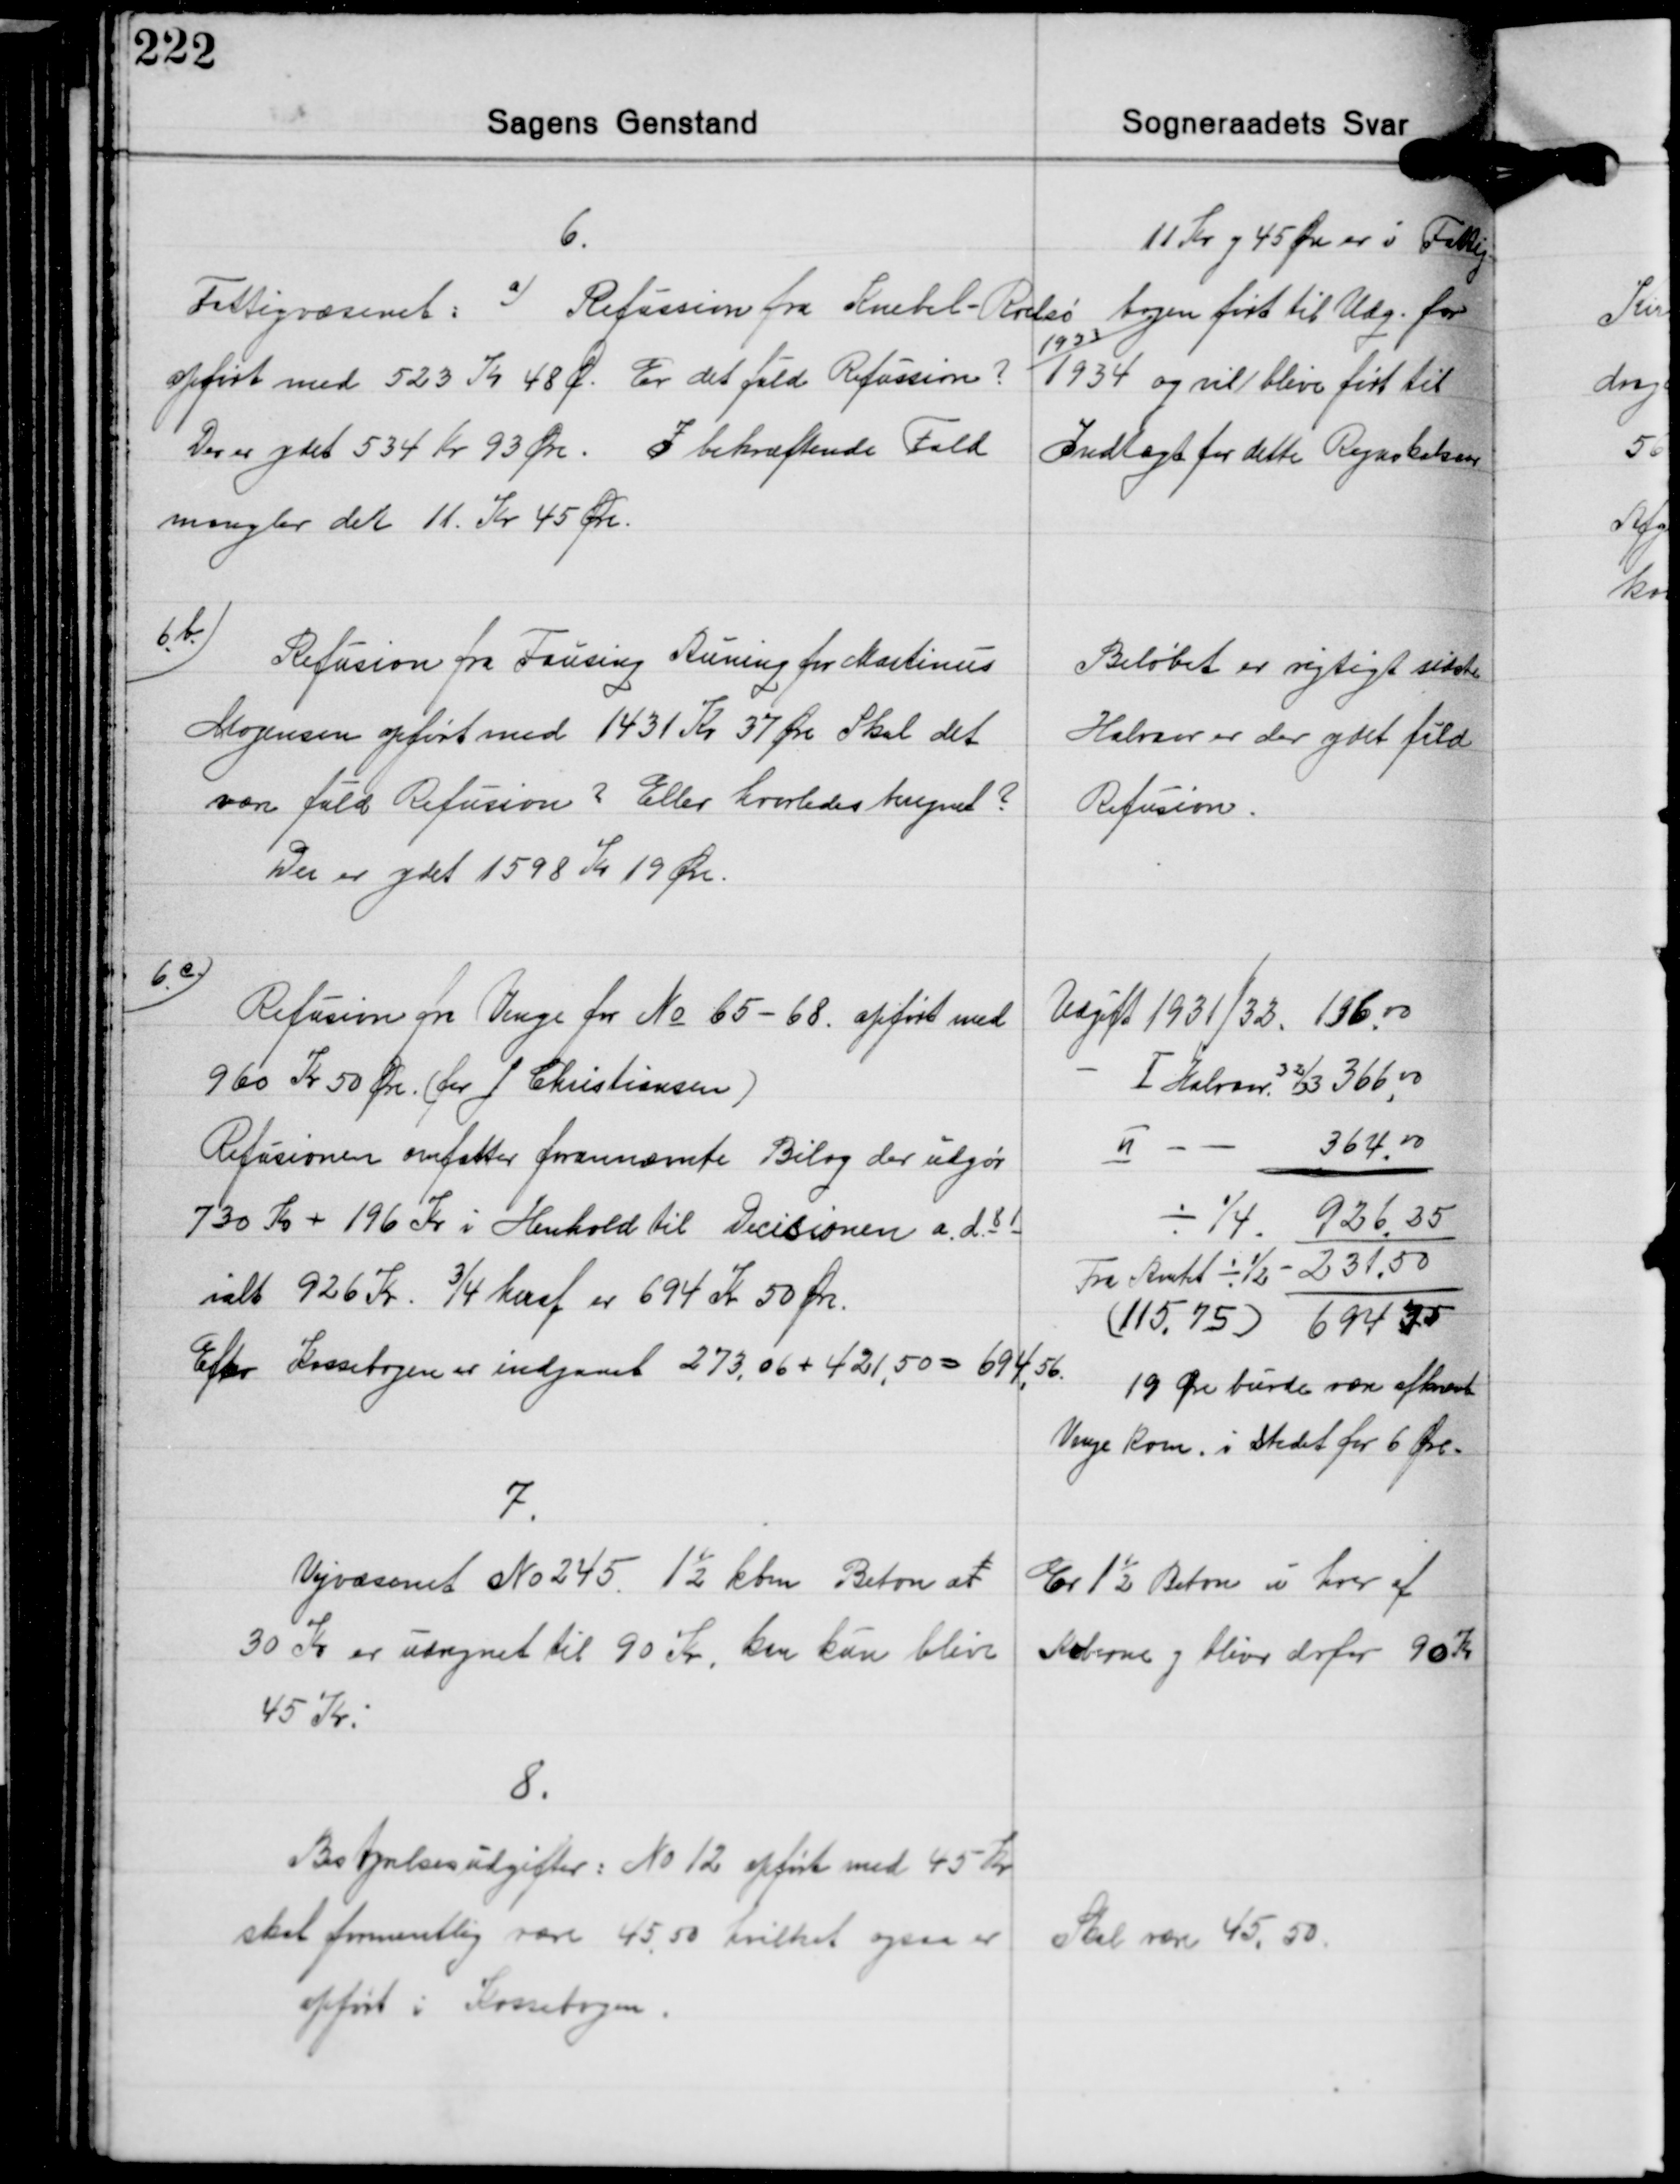
Transskription:
6.
Fattigvæsenet: a) Refussion fra Knebel-Rolsø
opført med 523 Kr 48 Ø. Er det fuld Refussion?
Der er ydet 534 Kr 93 Øre. I bekræftende Fald
mangler der 11. Kr 45 Øre.

11 Kr. og 45 Øre er i Fattig-
bogen ført til Udg. for
1933/
1934 og vil blive ført til
Indtægt for dette Regnskabsaar

6b)
Refusion fra Fausing Auning for Martinus
Mogensen opført med 1431 Kr. 37 Øre.Skal det
være fuld Refusion? Eller hvorledes beregnet?
Der er ydet 1598 Kr 19 Øre.

Beløbet er rigtigt sidste
Halvaar er der ydet fuld
Refusion.

6c)
Refusion fra Venge for No 65-68. opført med
960 Kr. 50 Øre. (for J. Christiansen)
Refusionen omfatter forannævnte Bilag der udgør
730 Kr. + 196 Kr. i Henhold til Decisionen a. d.81
ialt 926 Kr. ¾ heraf er 694 Kr. 50 Øre.
Efter Kassebogen er indgaaet 273,06 + 421,50 = 694,56.

Udgift 1931/32 196,00
- Ⅰ Halvaar 32/33 366,00
Ⅱ - - 364,00
÷ ¼ 926,25
Fra Amtet ÷ ½ - 231,50
(115,75) 694,75
19 Øre burde være afkrævet

Venge Kom. i Stedet for 6 Øre.

7.
Vejvæsenet No 245. 1½ kbm Beton at
30 Kr. er udregnet til 90 Kr., kan kun blive
45 Kr.

Er 1½ Beton i hver af
Køberne og bliver derfor 90 Kr.

8.
Bestyrelsesudgifter: No 12 opført med 45 Kr.
skal formentlig være 45,50 hvilket ogsaa er
opført i Kassebogen.

Skal være 45,50.